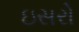
ઇસરો